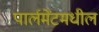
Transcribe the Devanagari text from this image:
पार्लमेंटमधील